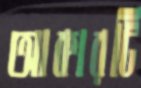
আকারটি